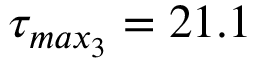
\tau _ { m a x _ { 3 } } = 2 1 . 1